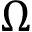
\Omega